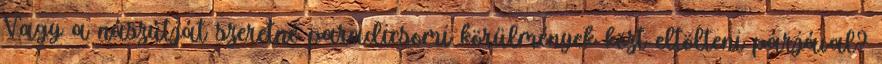
Vagy a nászútját szeretné paradicsomi körülmények közt eltölteni párjával?